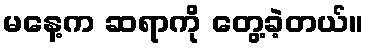
မနေ့က ဆရာကို တွေ့ခဲ့တယ်။